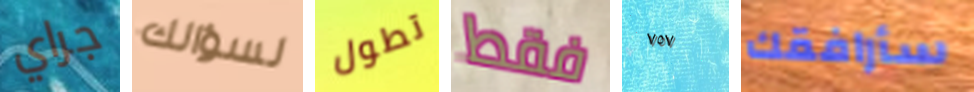
جراي لسؤالك تطول فقط ٧٥٧ سأرافقك